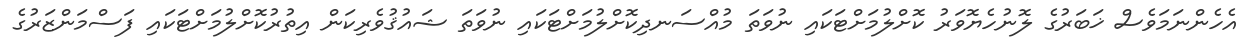
އެހެންނަމަވެސް ޚަބަރުގެ ލޮނުހެޔޮވަރު ކޮށްލުމަށްޓަކައި ނުވަތަ މުއްސަނދިކޮށްލުމަށްޓަކައި ނުވަތަ ޝައުޤުވެރިކަން އިތުރުކޮށްލުމަށްޓަކައި ފަސްމަންޒަރުގެ